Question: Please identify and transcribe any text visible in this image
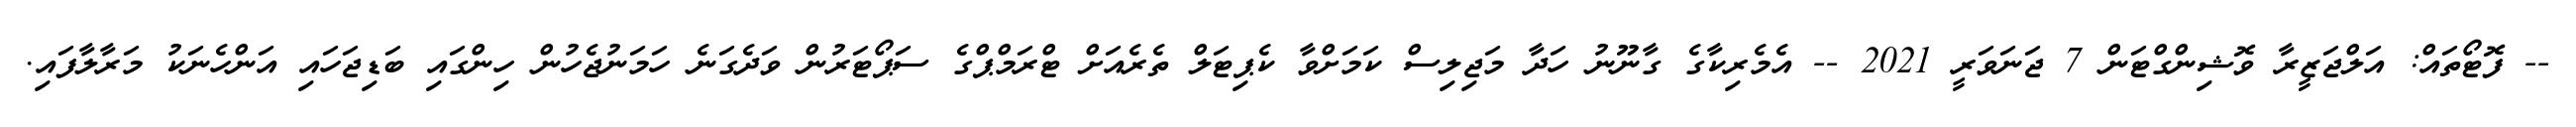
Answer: -- ފޮޓޯތައް: އަލްޖަޒީރާ ވޮޝިންގްޓަން 7 ޖަނަވަރީ 2021 -- އެމެރިކާގެ ގާނޫނު ހަދާ މަޖިލިސް ކަމަށްވާ ކެޕިޓަލް ތެރެއަށް ޓްރަމްޕްގެ ސަޕޯޓަރުން ވަދެގަނެ ހަމަނުޖެހުން ހިންގައި ބަޑިޖަހައި އަންހެނަކު މަރާލާފައި.